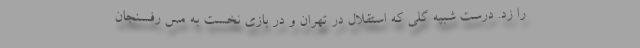
را زد. درست شبیه گلی که استقلال در تهران و در بازی نخست به مس رفسنجان